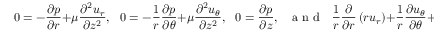
0 = - \frac { \partial p } { \partial r } + \mu \frac { \partial ^ { 2 } u _ { r } } { \partial { z } ^ { 2 } } , ~ ~ ~ 0 = - \frac { 1 } { r } \frac { \partial p } { \partial \theta } + \mu \frac { \partial ^ { 2 } u _ { \theta } } { \partial { z } ^ { 2 } } , ~ ~ ~ 0 = \frac { \partial p } { \partial z } , ~ ~ ~ \mathrm { ~ a ~ n ~ d ~ } ~ ~ ~ \frac { 1 } { r } \frac { \partial } { \partial r } \left( r u _ { r } \right) + \frac { 1 } { r } \frac { \partial u _ { \theta } } { \partial \theta } + \frac { \partial u _ { z } } { \partial z } = 0 .